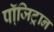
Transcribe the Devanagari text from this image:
पॉजि़ट्रान